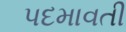
પદમાવતી